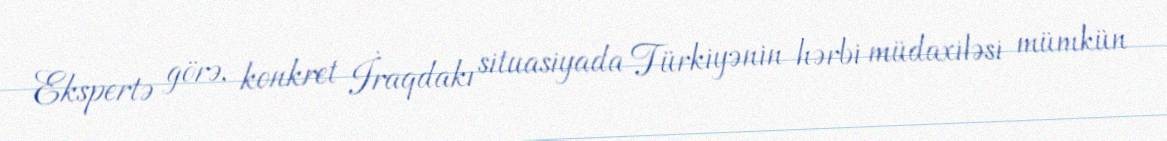
Ekspertə görə, konkret İraqdakı situasiyada Türkiyənin hərbi müdaxiləsi mümkün